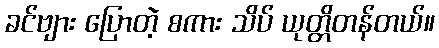
ခင်ဗျား ပြောတဲ့ စကား သိပ် ယုတ္တိတန်တယ်။